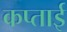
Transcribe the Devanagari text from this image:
कप्ताई